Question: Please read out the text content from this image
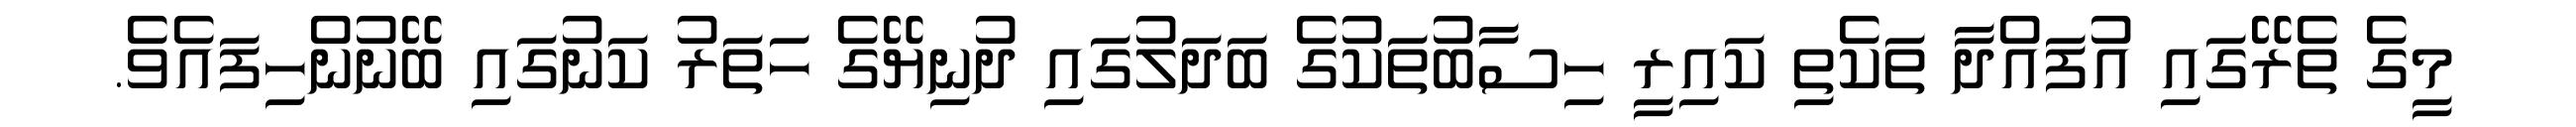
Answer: މީގެ ތެރޭގައި އުފައްދާ ތަކެތި ކައިރީ ހިސާބުތަކުގެ ބަދަލުގައި ދުނިޔޭގެ ހަތަރު ކަނުގައި ބޭނުންހިފައެވެ.